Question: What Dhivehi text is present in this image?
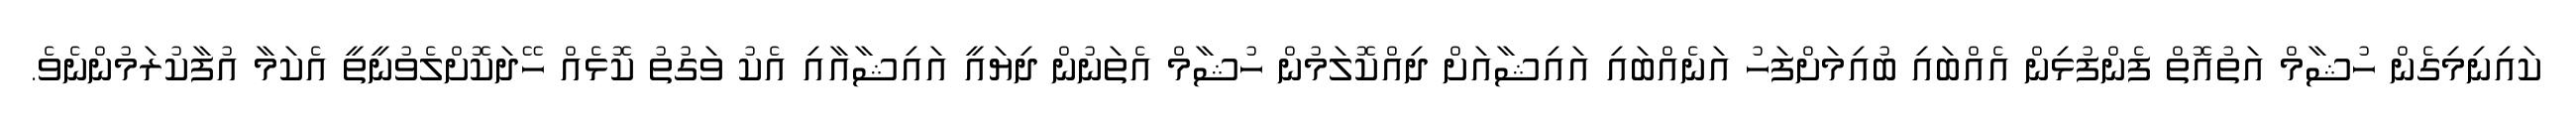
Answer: ކައިނިމިގެން ހުޝާމް އަތުއޮތް ފެންފުޅިން އެއްބައި ބުއިމަށްފަހު އަނެއްބައި އައިޝާއަށް ދިއްކޮލަމުން ހުޝާމް އެތަނުން ދިޔައީ އައިޝާއާއި އެކު ވަގުތު ކޮޅެއް ހޭދަކޮށްލެވުނީތީ އެކަމާ އުފާކުރަމުންނެވެ.